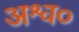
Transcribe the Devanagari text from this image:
अश्व०